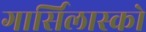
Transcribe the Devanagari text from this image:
गार्सिलास्को